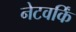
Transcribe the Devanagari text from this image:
नेटवर्किं